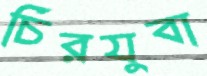
চিরযুবা